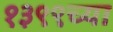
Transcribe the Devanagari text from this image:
१३९९च्या